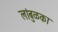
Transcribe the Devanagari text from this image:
लांबुळका